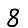
Digit: 8